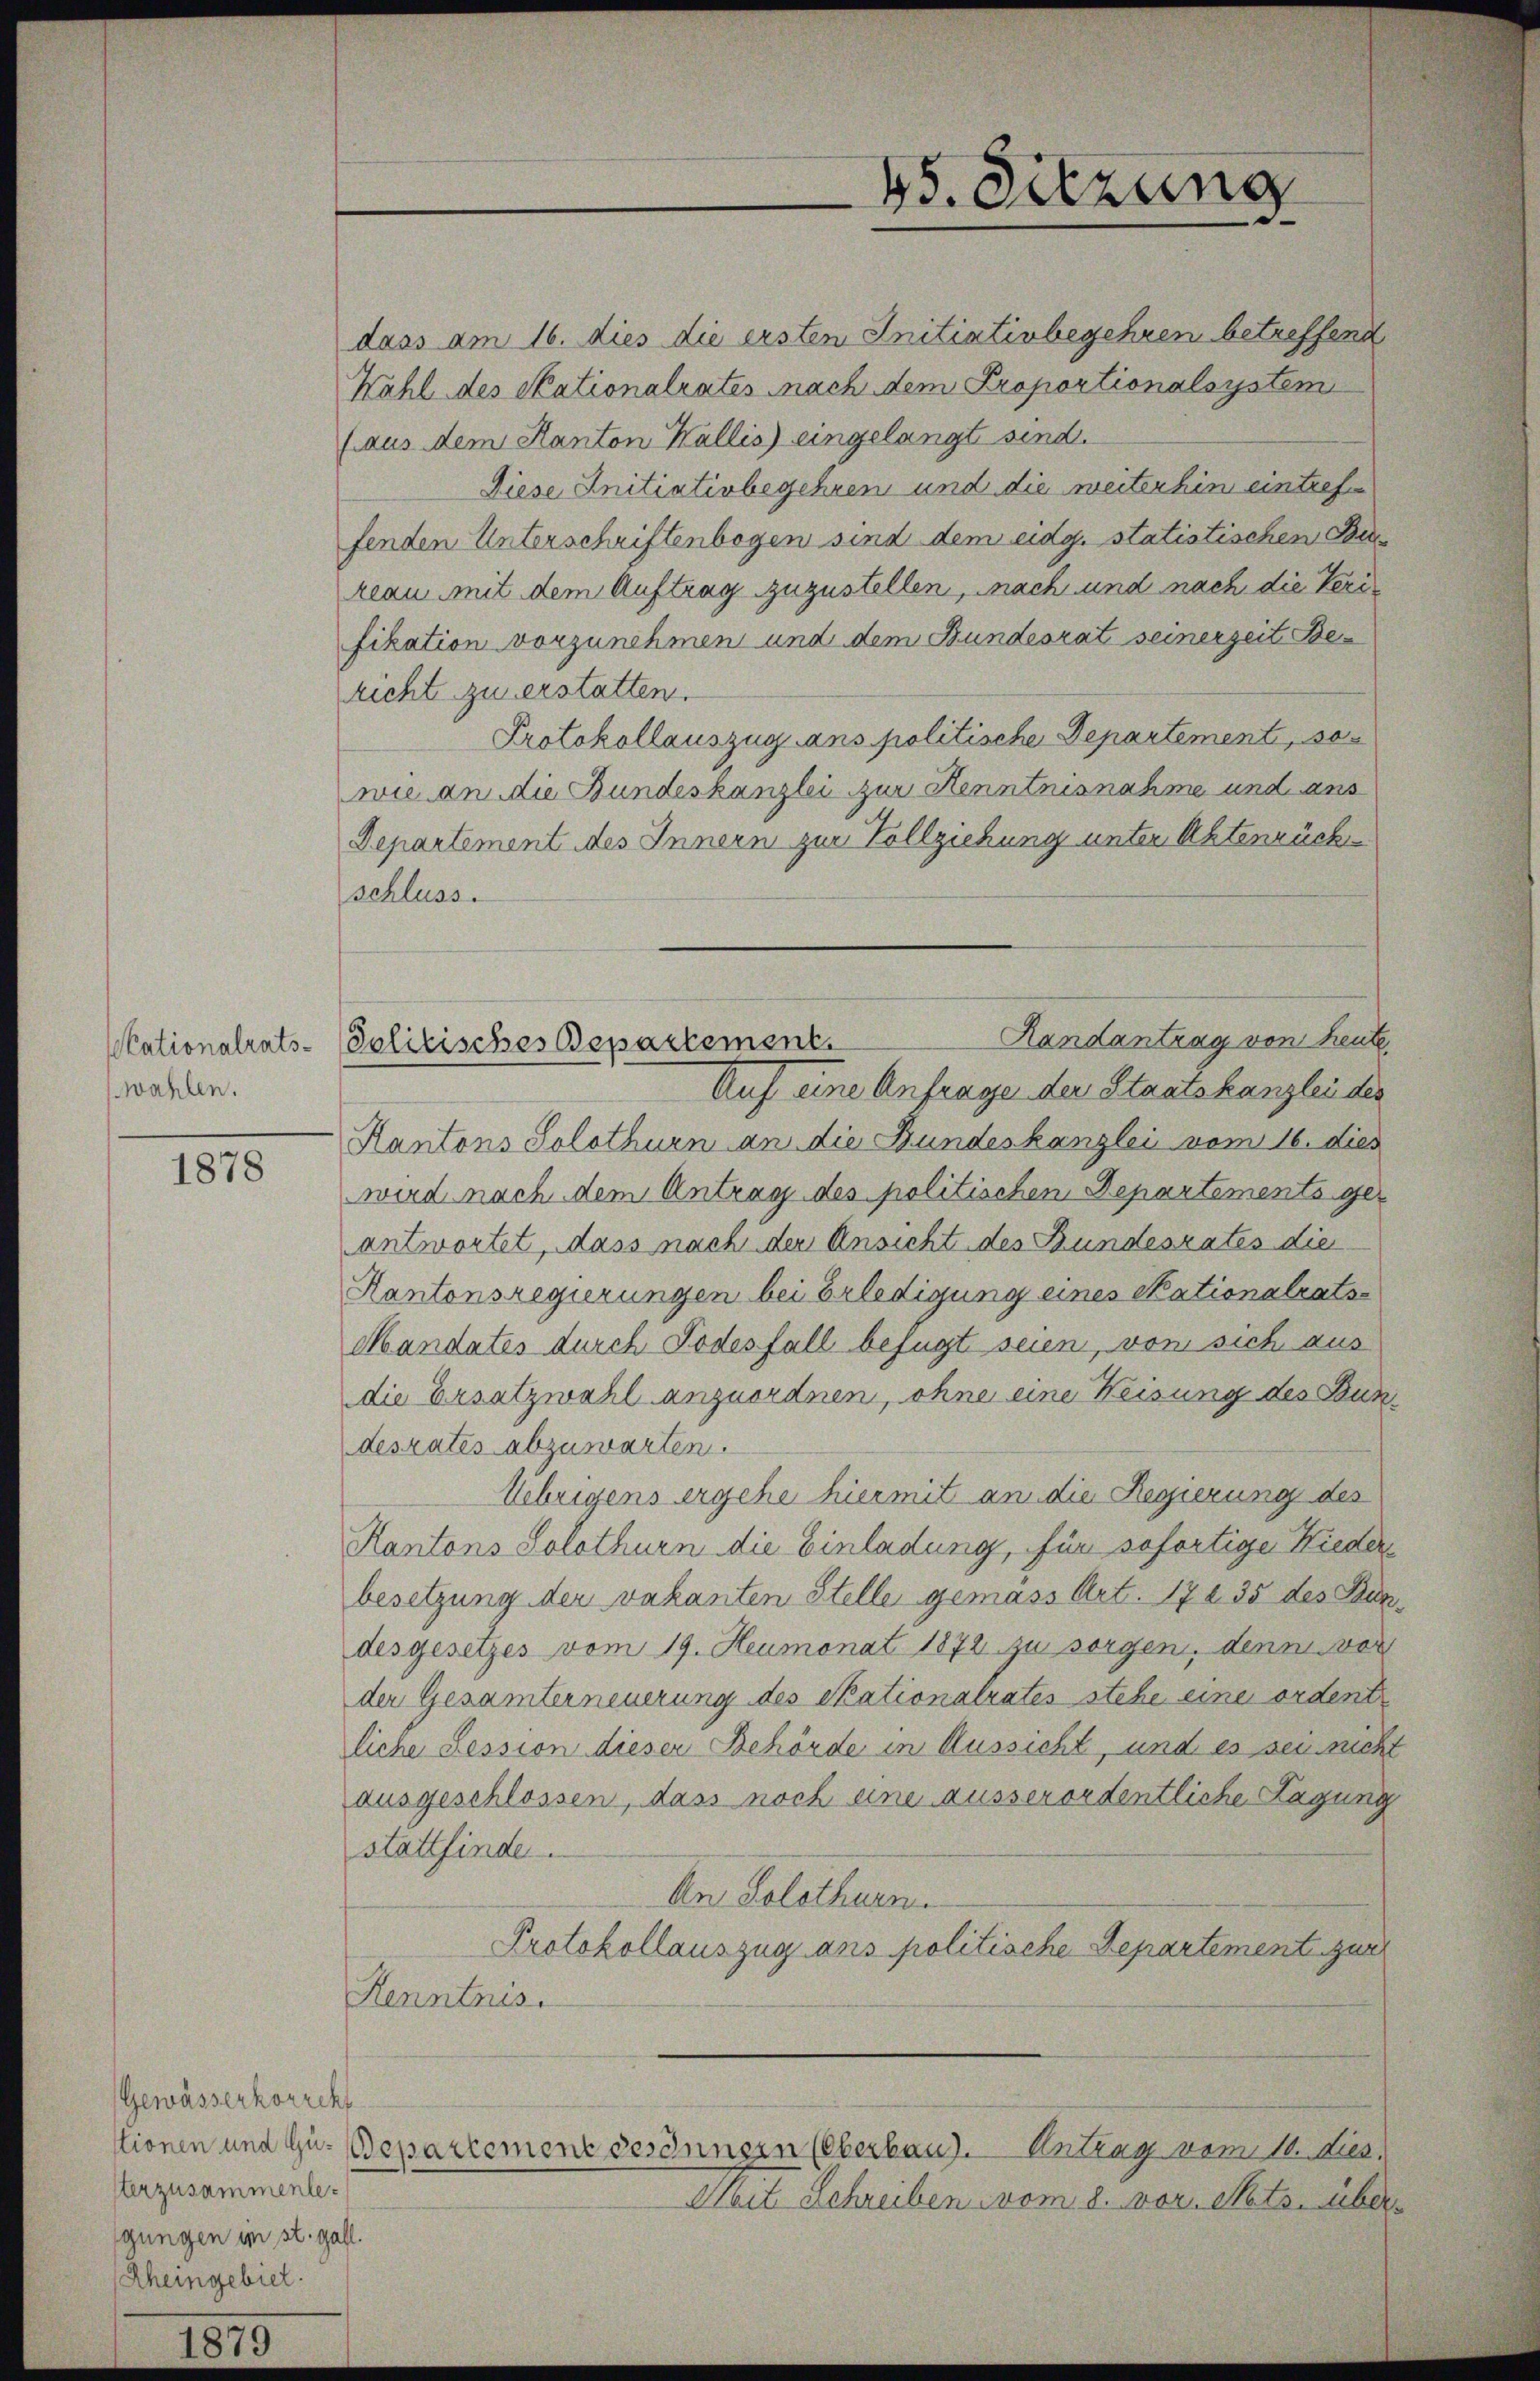
kationalrats-
wahlen.

1878

Gewässerkorrekt
terzusammenle
gungen im st. gall.
Rheingebiel.

dass am 16. dies die ersten Initiativbegehren betreffend
Wahl des Stationalrates nach dem Proportionalsystem
haus dem Kanton Wallis) eingelangt sind.
Diese Initiativbegehren und die weiterhin eintrefen
fenden Unterschriftenbogen sind dem eidg. statistischen Be
reau mit dem Auftrag zuzustellen, nach und nach die Verifikation vorzunehmen und dem Bundesrat seinerzeit Bericht zu erstatten.
Protokollauszug ans politische Departement, so
wie an die Bundeskanzlei zur Kenntnisnahme und ans
Departement des Innern zur Vollziehung unter Aktenrückschluss.
Handantrag von heute.
Auf eine Anfrage der Staatskanzlei des
Kantons Solothurn an die Bundeskanzlei vom 16. dies
wird nach dem Antrag des politischen Departements geantwortet, dass nach der Ansicht des Bundesrates die
Kantonsregierungen bei Erledigung eines Stationalrats-
Mandates durch Todesfall befugt seien, von sich aus
die Ersatzwahl anzuordnen, ohne eine Weisung des Bundeszates abzuwarten.
Uebrigens ergehe hiermit an die Regierung des
Kantons Solothurn die Einladung, für sofortige Niederbesetzung der vakanten Stelle gemäss Art. 17235 des Bundesgesetzes vom 19. Heumonat 1872 zu sorgen, denn vor
der Gesamterneuerung des Skationalrates stehe eine ordente
liche Session dieser Behörde in Aussicht, und es sei nicht
ausgeschlossen, dass noch eine ausserordentliche Lagung
stattfinde.
An Solothurn.
Protokollauszug ans politische Departement zur
Kenntnis.
tionen und Gu-Departement desinnern (Oberband. Antrag vom 10. Diez.
Mit Schreiben vom 8. vor. Mts. über¬

Solitisches Departement.

45. Sitzung